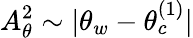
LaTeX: A_{\theta}^{2}\sim|\theta_{w}-\theta_{c}^{(1)}|